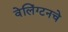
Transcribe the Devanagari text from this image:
वेलिंग्टनचे